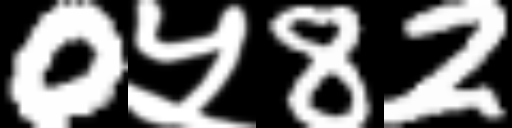
Text: 0५82